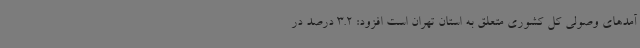
آمدهای وصولی کل کشوری متعلق به استان تهران است افزود: 3.2 درصد در